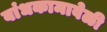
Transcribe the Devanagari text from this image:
बांधकामावेळी